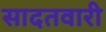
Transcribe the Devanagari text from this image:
सादतवारी